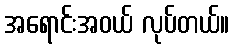
အရောင်းအဝယ် လုပ်တယ်။